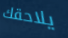
يلاحقك